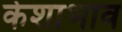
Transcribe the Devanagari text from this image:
केशाभाव